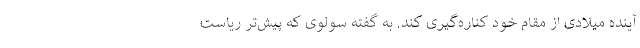
آینده میلادی از مقام خود کناره‌گیری کند. به گفته سولوی که پیش‌تر ریاست